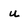
Character: u